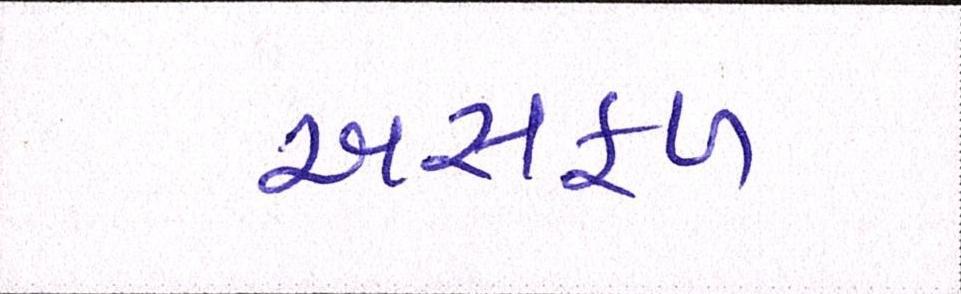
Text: અસફળ